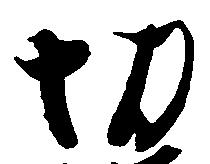
切